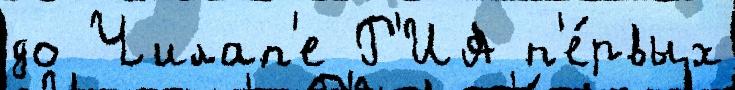
до Чилап'е Р'ИА п'е́рвых